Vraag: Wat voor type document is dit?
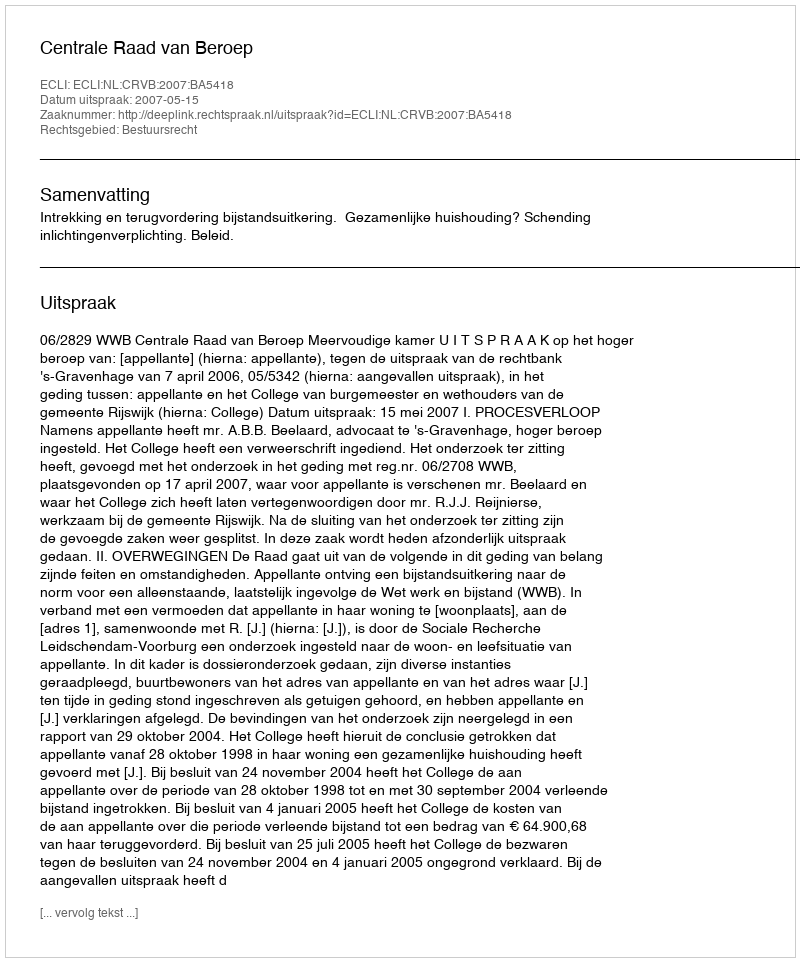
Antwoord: Uitspraak